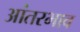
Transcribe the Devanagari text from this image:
आंतरभाव